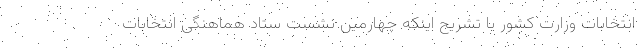
انتخابات وزارت کشور با تشریح اینکه چهارمین نشست ستاد هماهنگی انتخابات